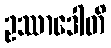
ဥဿာဒေါတိ